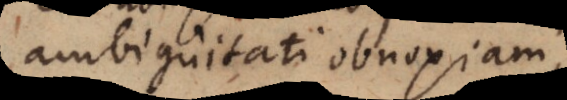
ambiguitati obnoxiam,